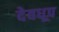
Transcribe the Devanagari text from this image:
देवधूप